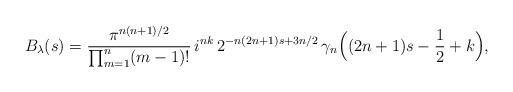
LaTeX: \begin{align*} B_\lambda(s)=\frac{\pi^{n(n+1)/2}}{\prod_{m=1}^n(m-1)!}\,i^{nk}\,2^{-n(2n+1)s+3n/2}\,\gamma_n\Big((2n+1)s-\frac12+k\Big), \end{align*}